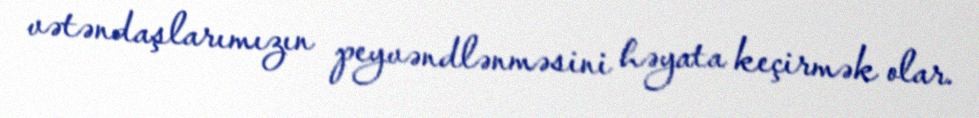
vətəndaşlarımızın peyvəndlənməsini həyata keçirmək olar.